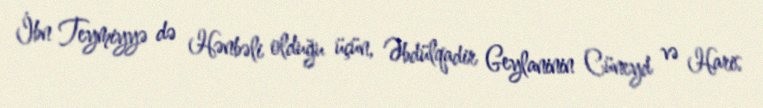
İbn Teymiyyə də Hənbəli olduğu üçün, Əbdülqadir Geylaninin Cüneyd və Haris